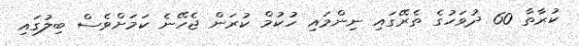
ކުރާތާ 60 ދުވަހުގެ ތެރޭގައި ނިންމައި ހުކުމް ކުރަން ޖެހޭނެ ކަމަށްވެސް ބިލުގައި